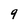
Character: 9